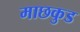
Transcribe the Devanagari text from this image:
माछकुड